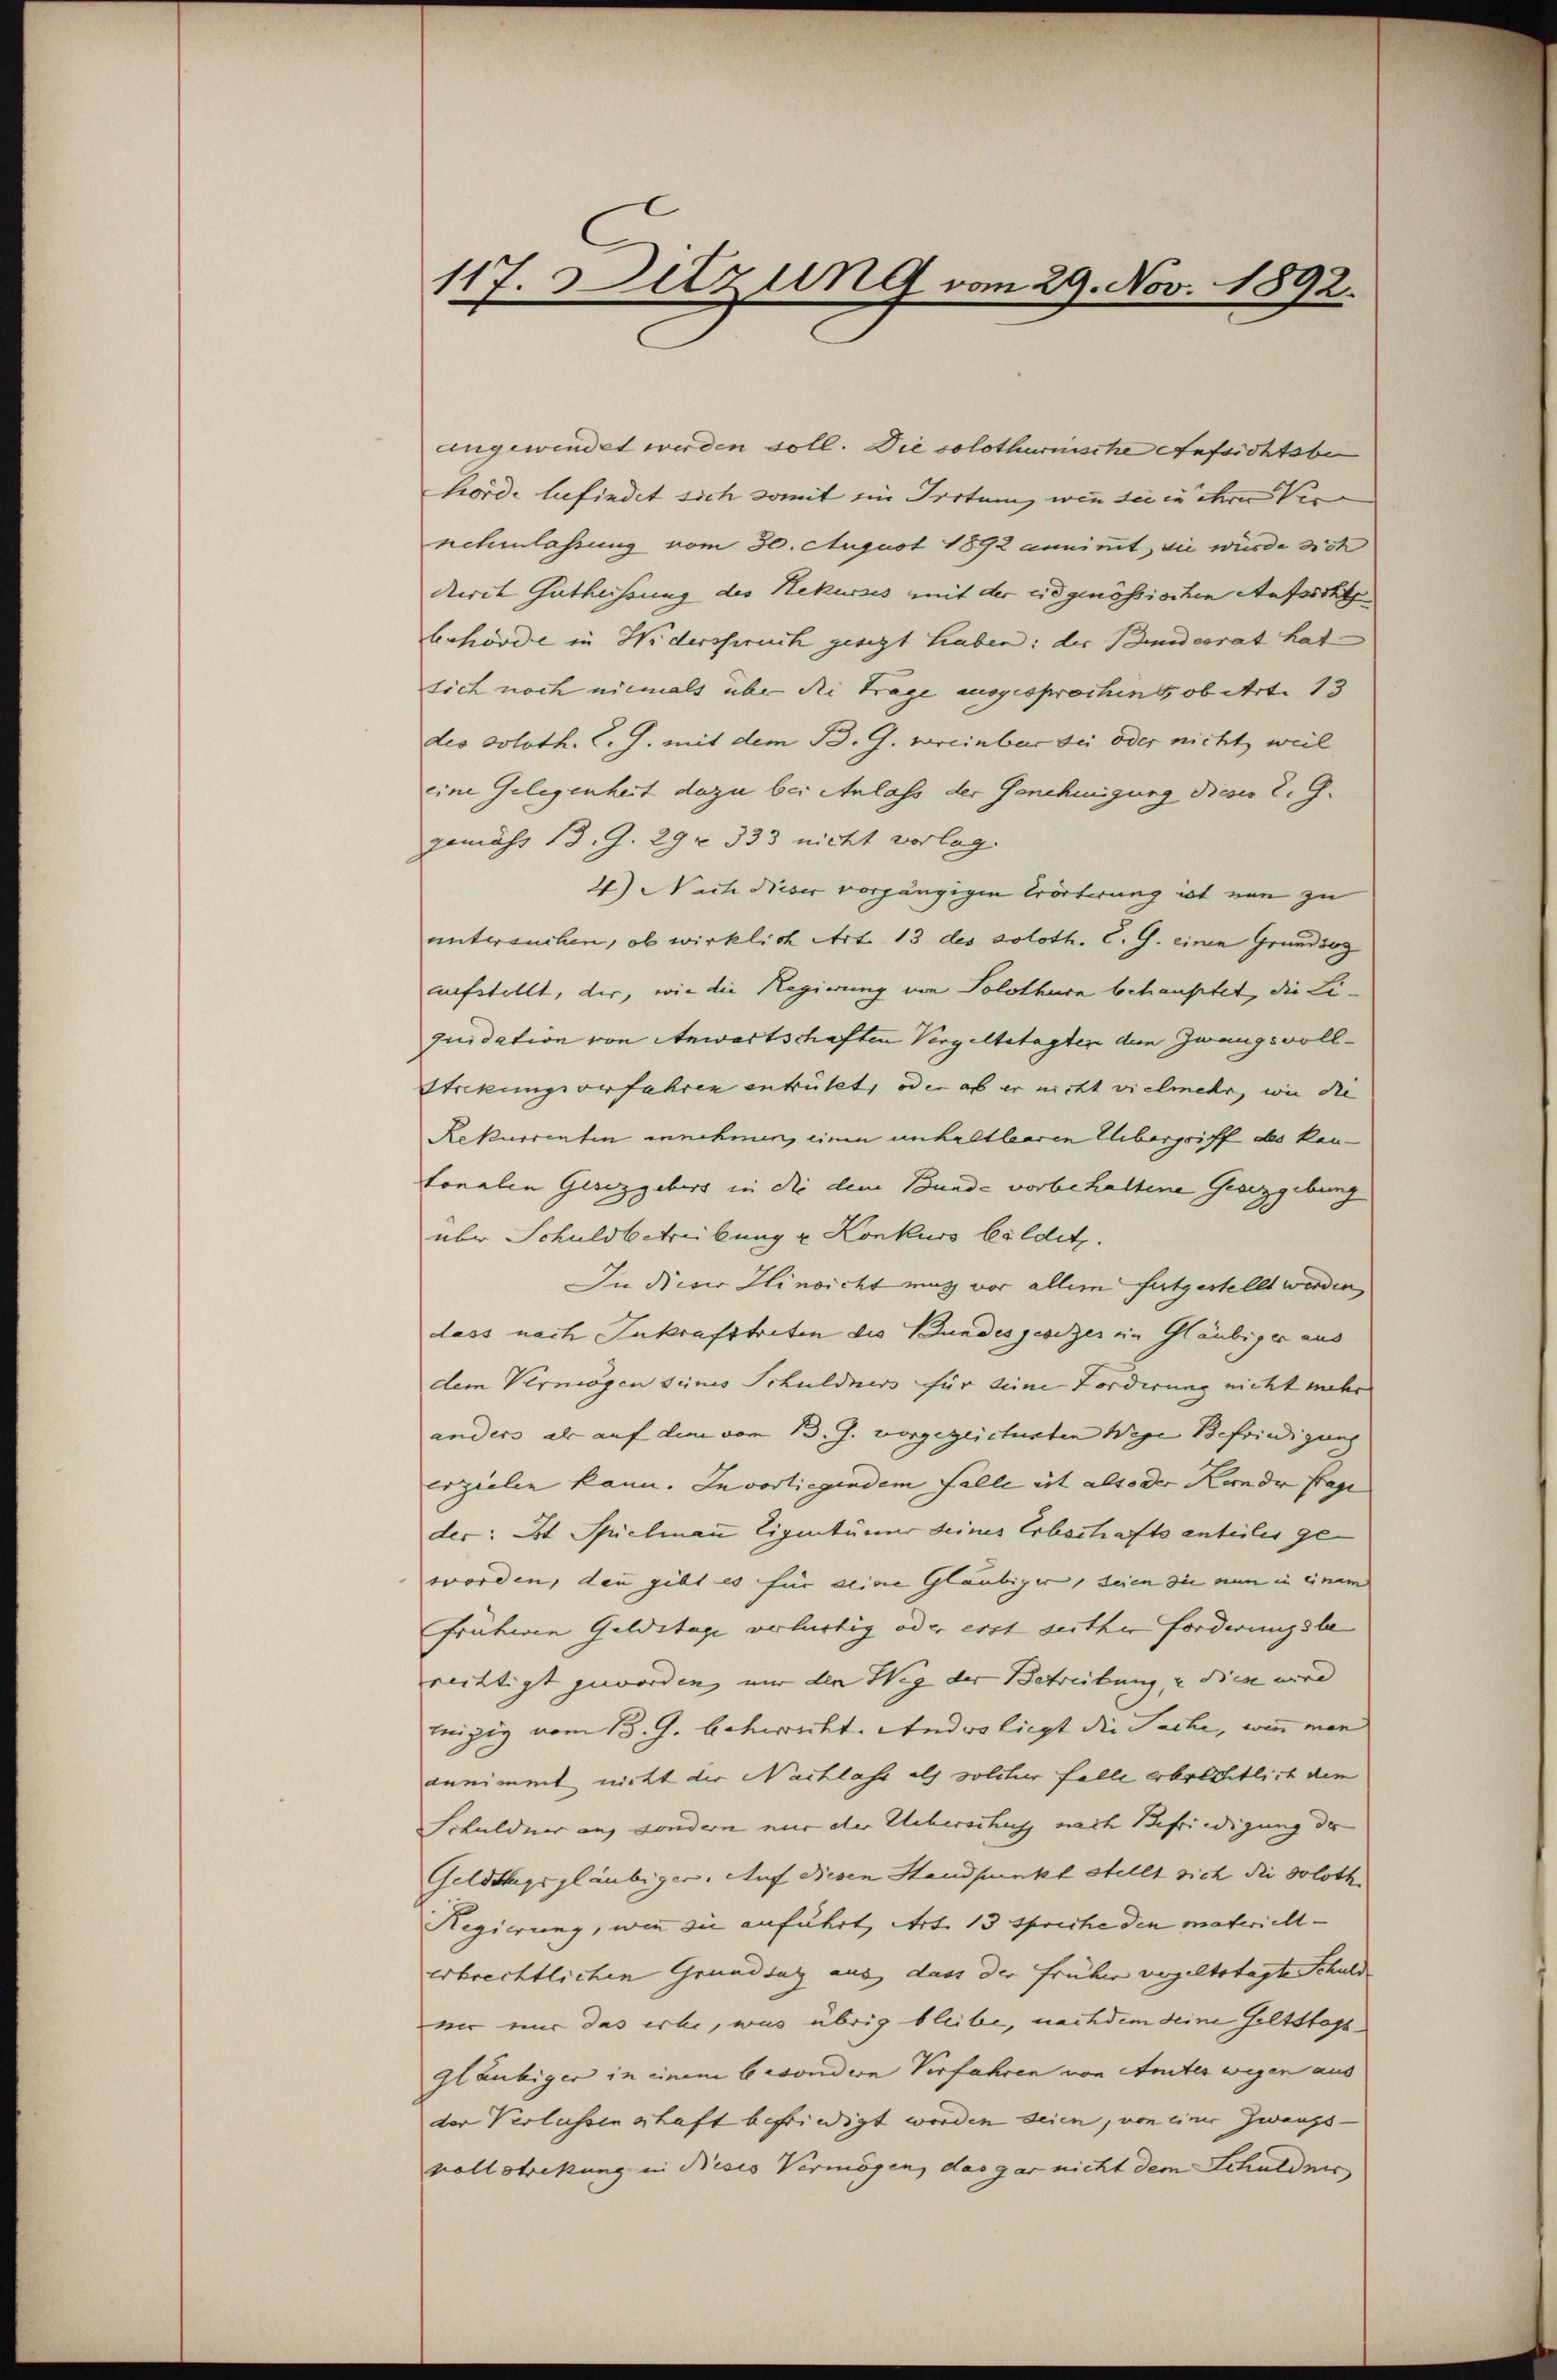
117. Ditzung vom 29. Nov. 1892.

angewindet werden soll. Die solothurnische Aufsichtsbe
hörde befindet sich somit ein Irrtum, wie sie ihre Ver
nehmlassung vom 30. August 1892 annimmt, sie würde sich
derit Gutheissung der Rekurses mit der eidgenössischen Aufsicht
behörde in Widerspruch gesezt haben: der Bundesrat hat
sich noch niemals über die Frage ausgesprochen, ob Art. 13
des Soloth. l. J. mit dem B. G. wreinbar sei oder nicht, weil
eine Gelegenheit dazu bei Anlass der Genehmigung dieser L. G.
zemäss 13. G. 29 x 333 nicht vorlag.
2) Nach dieser vorgängigen Erörterung ist nun zu
untersuchen, ob wirklich Art. 13 des Soloth. C. G. einen Grundsaz
aufstellt, der, wie die Regierung von Solothurn behauptet, die Li-
quidation von Anwartschaften Vergeltstagten den Zwangsvoll¬
Strikungsverfahren entritt, oder ob er nicht vielmehr, wie die
Rekurrenten annehmen, einen unhaltlearen Uebergriff des kautonalen Gesetzgebers in die dem Bunde vorbehaltene Gesetzgebung
über Schuldbetreibung u Konkurs bildet.
In dieser Hinsicht mit vor allem festgestellt werden,
dass nach Inkrafttreten die Bundesgesezes ein Gläubiger aus
dem Vermögen seines Schuldners für deine Forderung nicht mehr
anders als auf die vom 13. J. vorgezeicherten Wege Befriedigung
erzielen kann. In vorliegendem Falle eit also der Kinde Frage
der: St. Spielmann Eigentümer seines Erbschaftsenteiles geworden, dann gibt es für seine Gläubiger, seien die nun in einem
fruhen Geldstage verlürtig oder erst seither Forderungsbe
rechtigt geworden, nur den Weg der Betreibung, u dien wird
iigig vom 18. G. beherecht. Und wo liegt die Sache, wenn man
annimmt nicht der Nachlass als solche falle erbrechtlich dem
Schuldner auf sondern nur der Ueberschuss nach Befriedigung der
Geldtagsgläubiger. Auf diesen Standpunkt stellt sich die Soloth
Regierung, wie die anführt, Art. 13 spriche den materiell-
erbrechtlichen Grundsatz aus dass der früher vergeltstagte Schuld
nir nur das erbe, was übrig bleibe, nachdem seine Geltstags¬
Gläubiger in einem besondern Verfahren von Amtes wegen aus
der Verlassenschaft befriedigt worden seien, von einer Zwangs-
vollstretung in Beses Vermögen, das gar nicht dem Schuldner